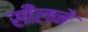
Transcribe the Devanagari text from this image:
सीलने